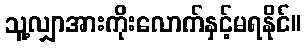
သူ့လျှာအားကိုးလောက်နှင့်မရနိုင်။